Bréfritari: Þórbergur Ólafsson Snóksdal
Viðtakandi: Jón Borgfirðingur
Dagsetning: A-1861-06-16
Skrifað á: Múla í Aðaldal  S-Þing.

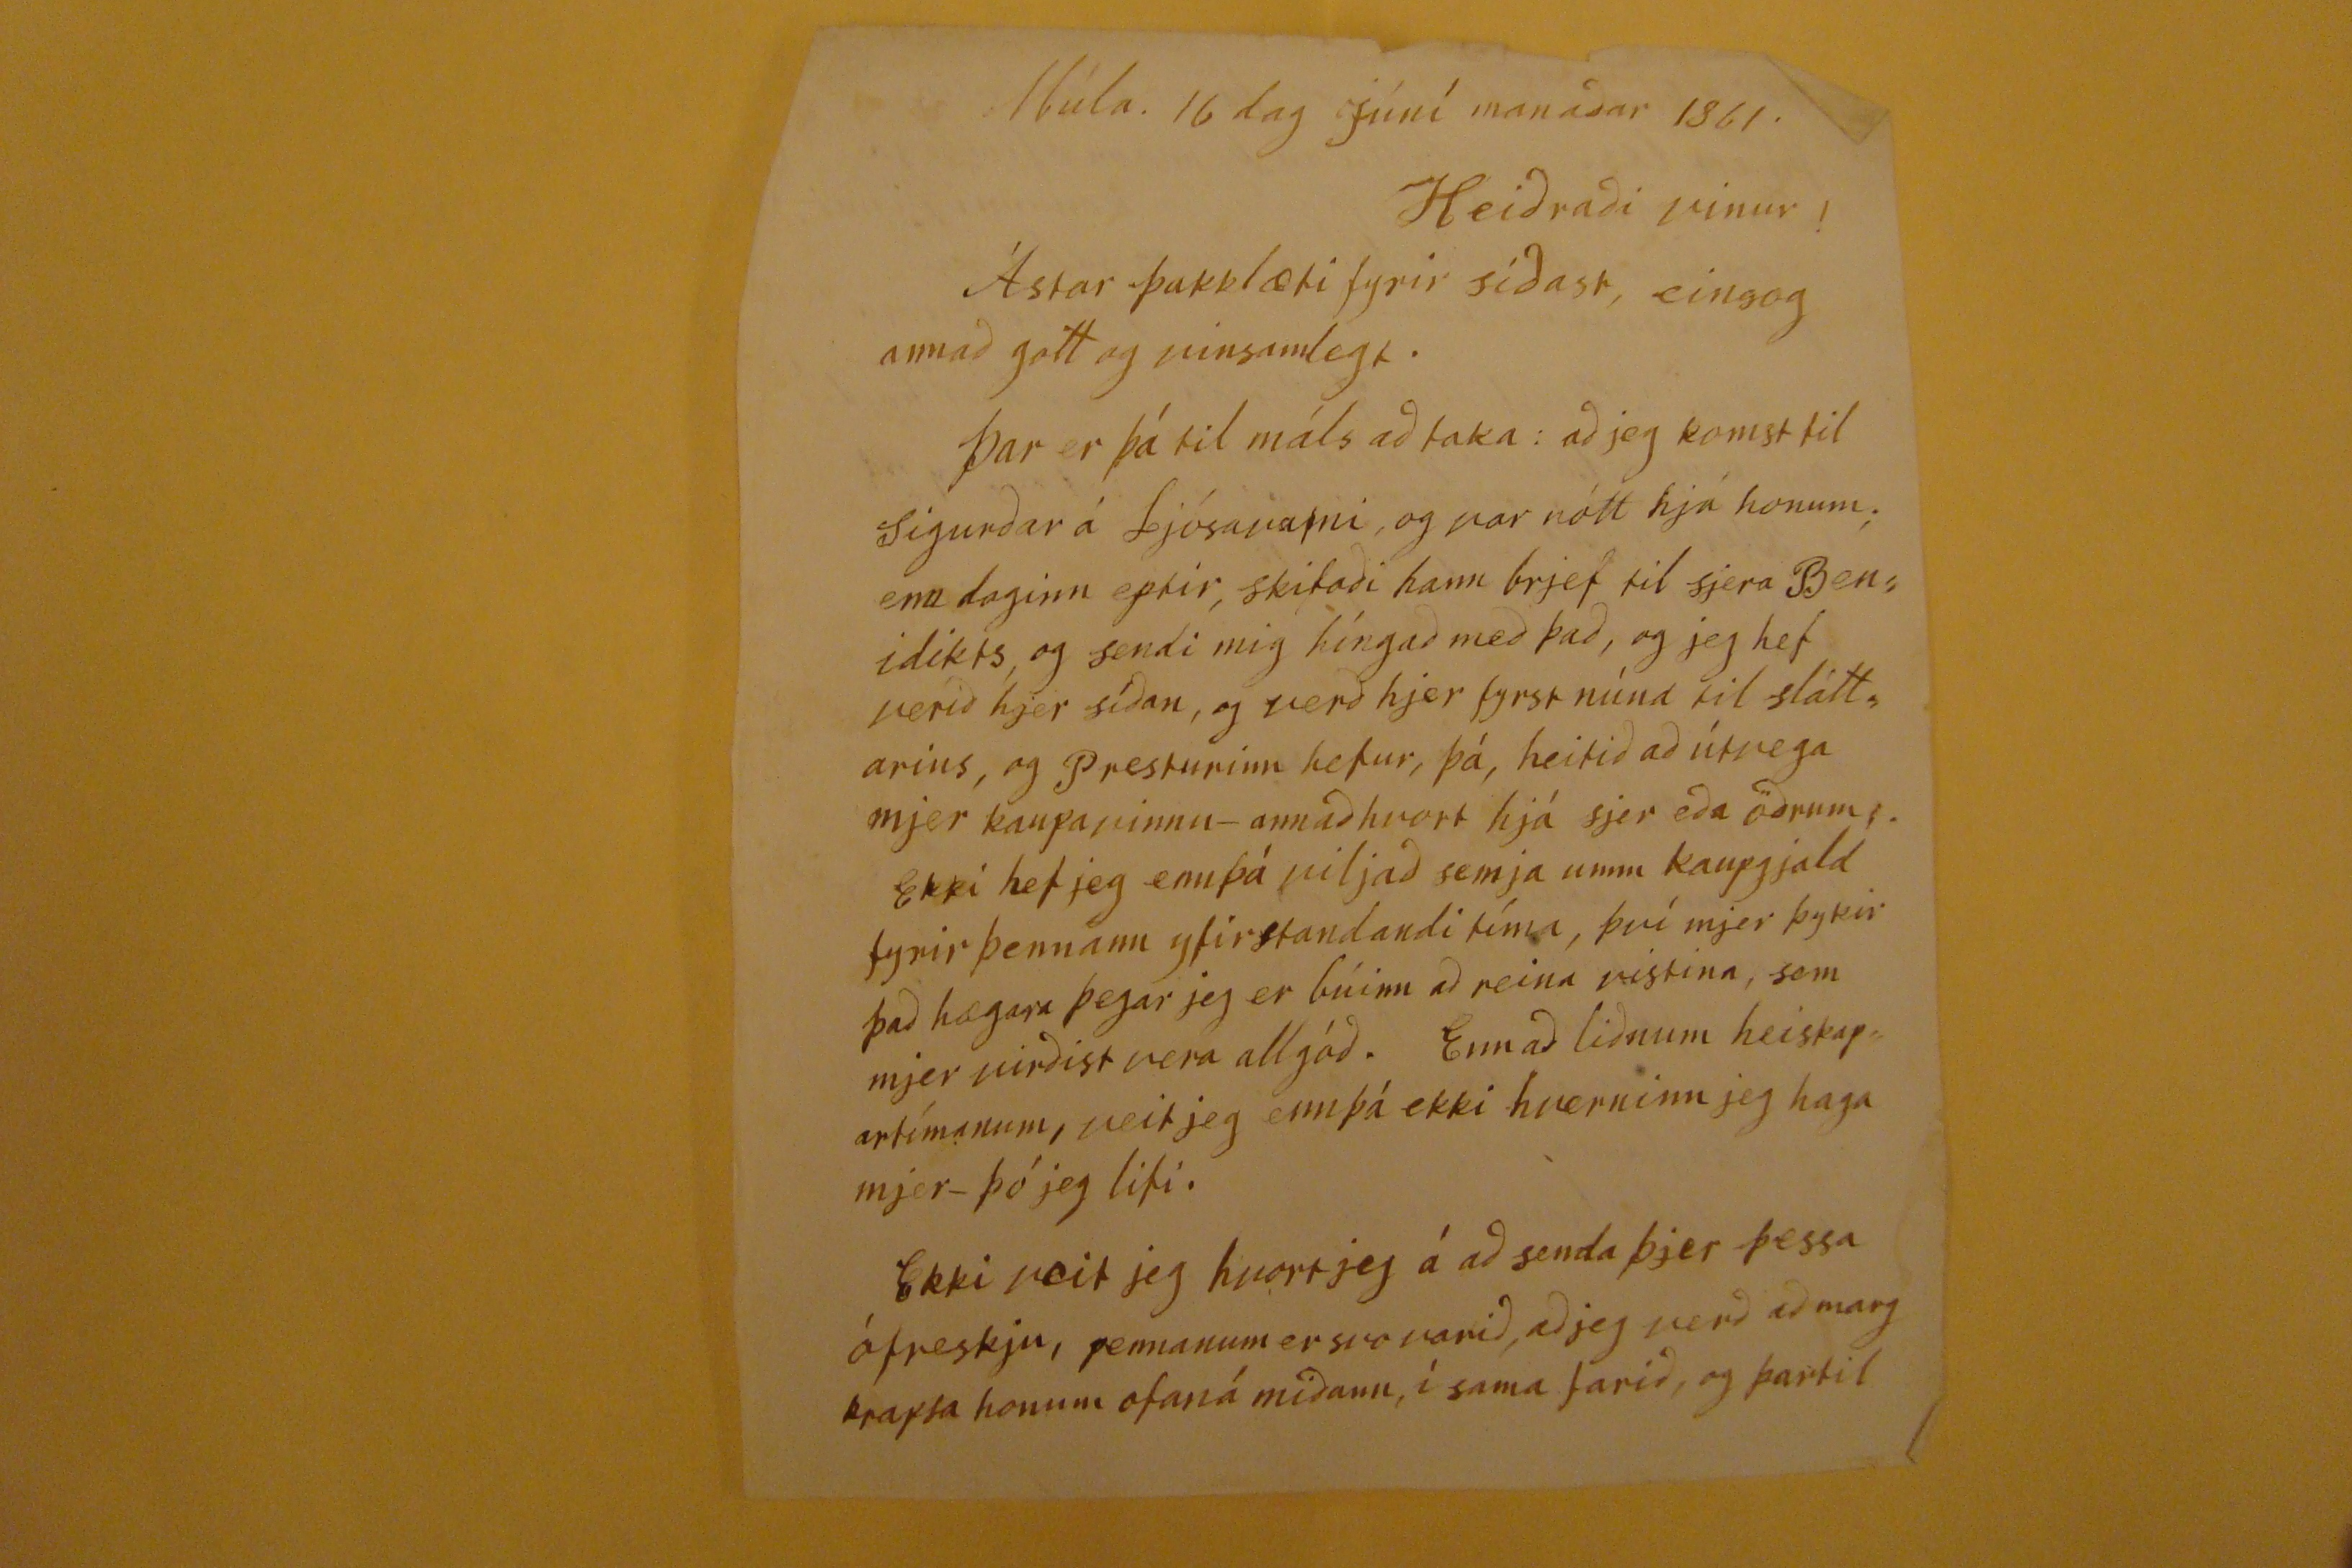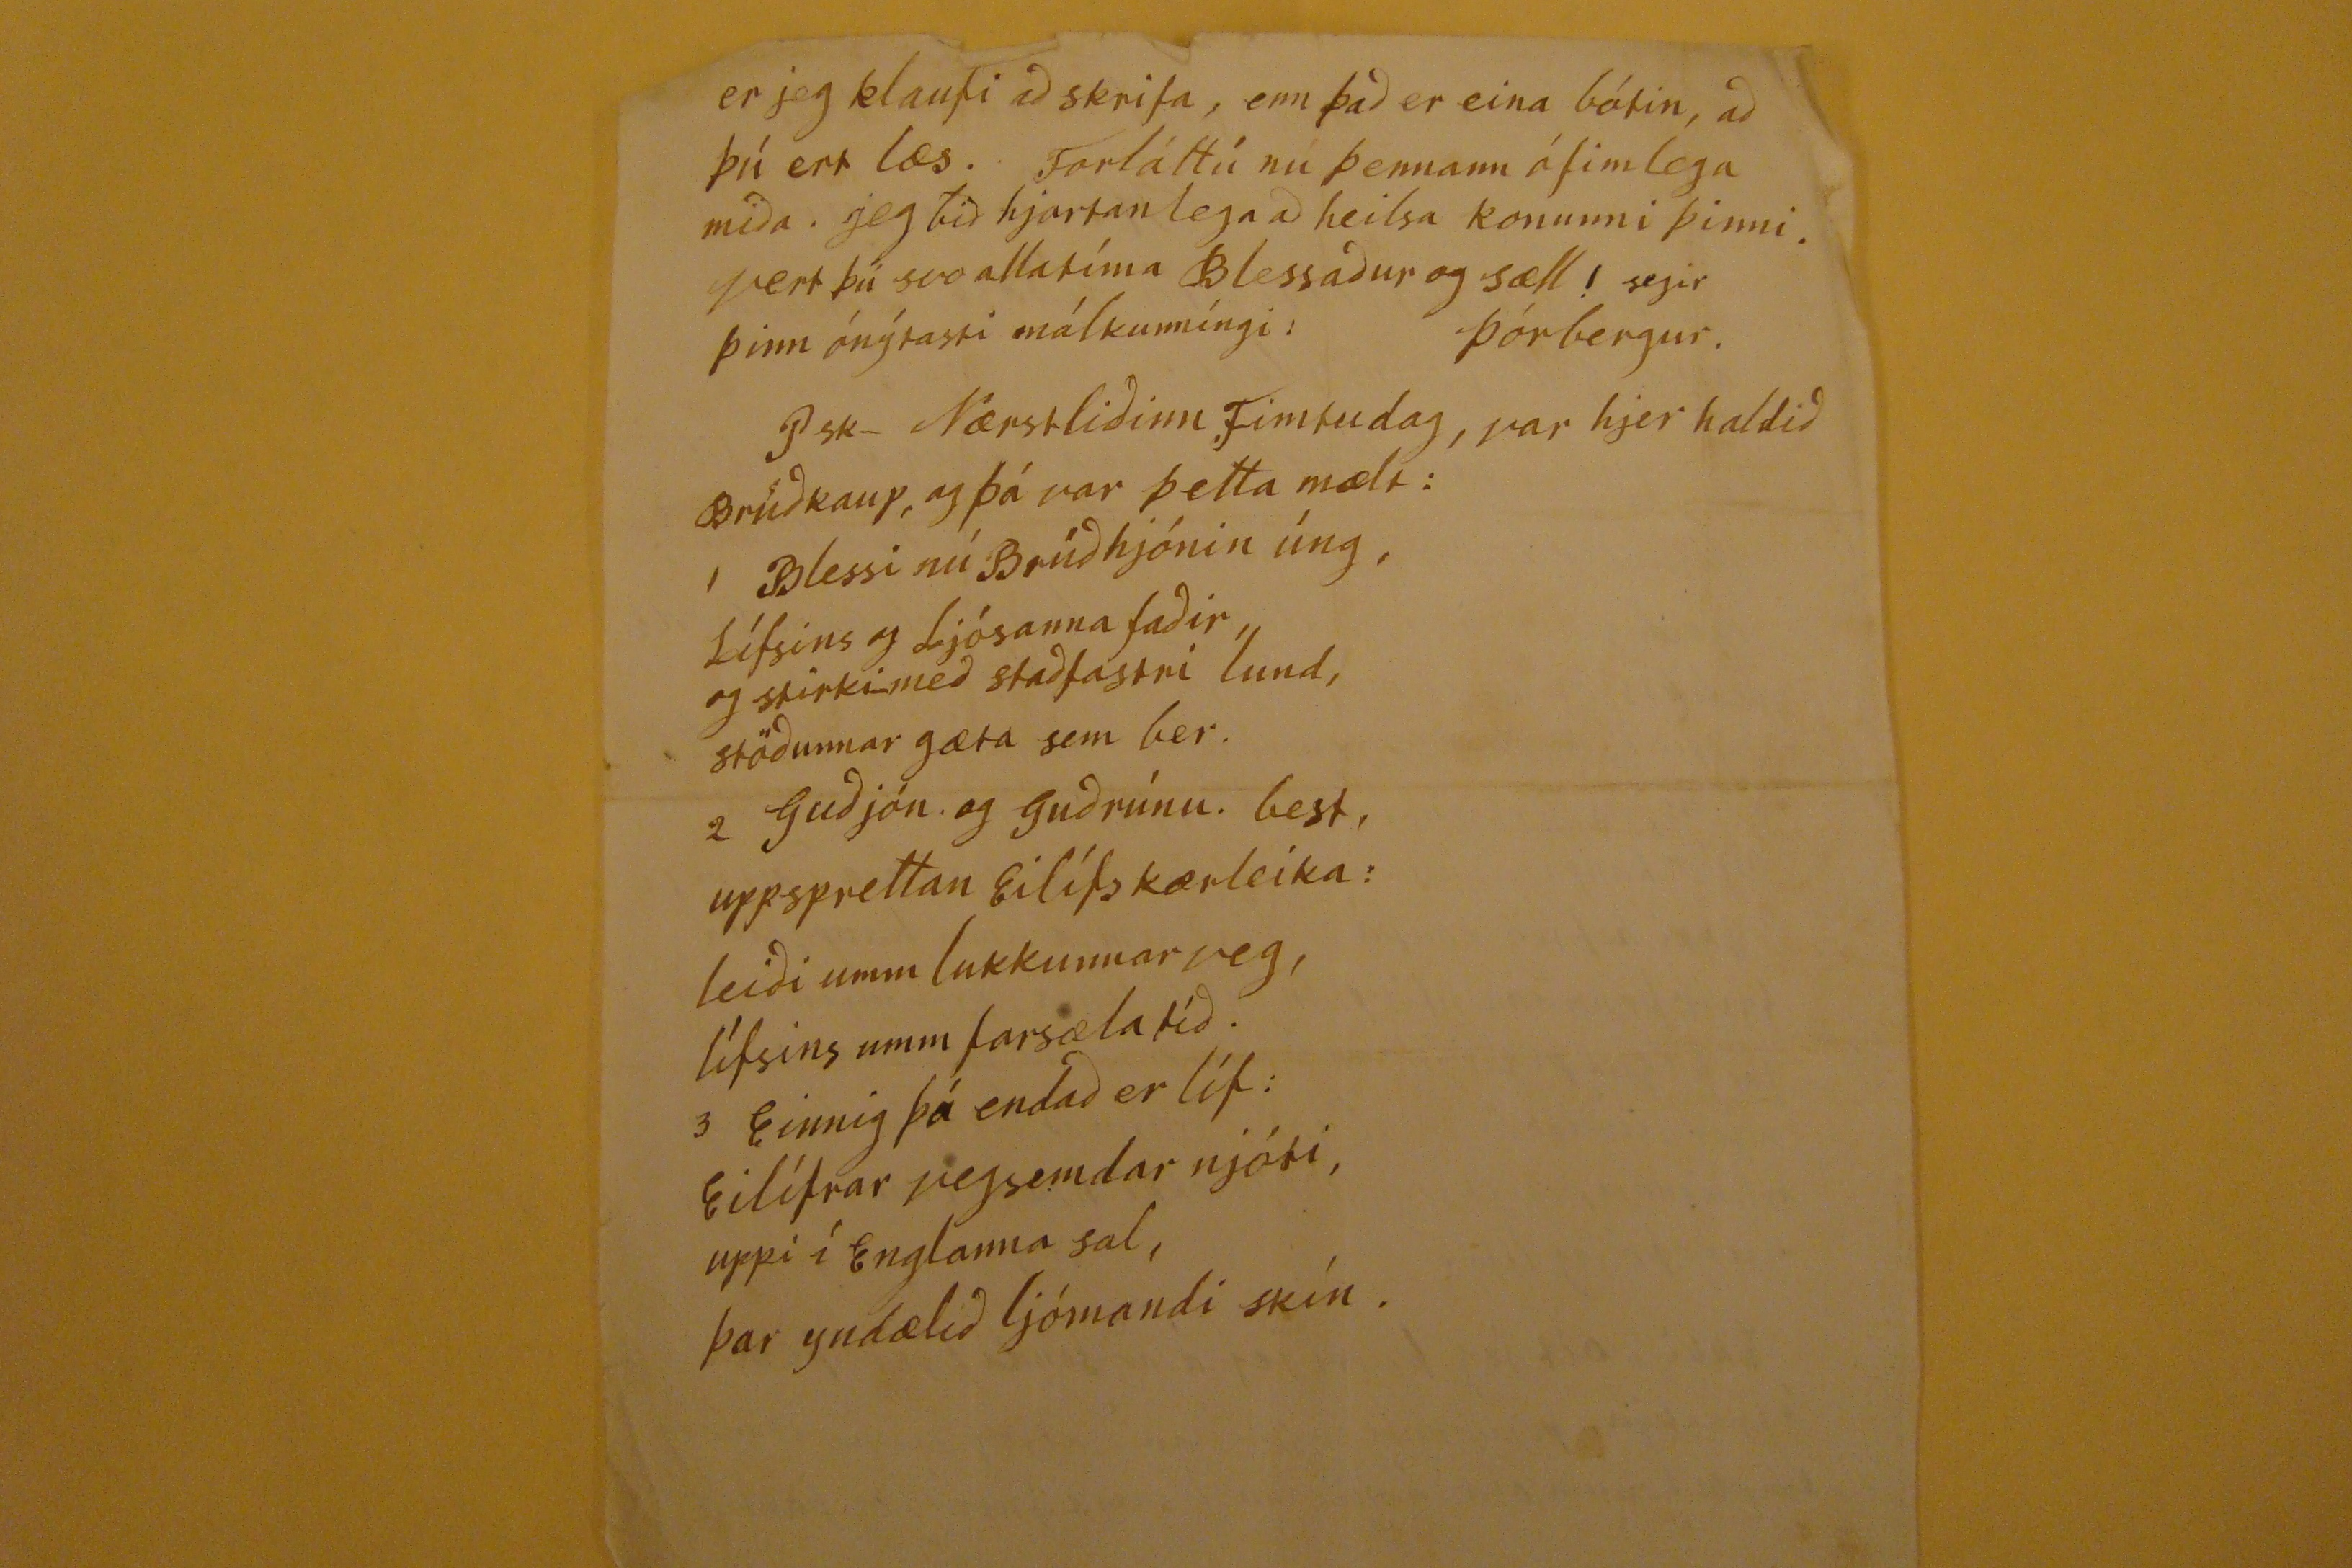

Múla. 16 dag Júní mánadar 1861
Heidradi vinur!
Ástar þakklæti fyrir sídast, eins og annad gott og vinsamlegt.
þar er þá til máls ad taka: ad jeg komst til Sigurdar á Ljósavatni og var nótt hjá honum; enn daginn eptir, skrifadi hann brjef til sjera Benidikts, og sendi mig híngad med þad, og jeg hef verid hjer sídan, og verd hjer fyrst núna til sláttarins, og Presturinn hefur, þá, heitid ad útvega mjer kaupavinnu- annad hvort hjá sjer eda ödrum.
Ekki hef jeg ennþá viljad semja umm kaupgjald fyrir þennan yfirstandandi tíma, því mjer þykir þad hægara þegar jeg er búinn ad reina vistina, sem mjer virdist vera allgód. Enn ad lidnum heiskapartímanum, veit jeg ennþá ekki hverninn jeg haga mjer- þó jeg lifi.
Ekki veit jeg hvort jeg á ad senda þjer þessa ófreskju, pennanum er svo varid, ad jeg verd ad margkrapsa honum ofaná midann, í sama farid, og þartil
er jeg klaufi ad skrifa, enn þad er eina bótin, ad þú ert læs. Forláttú nú þennann ófimlega mida. jeg bid hjartanlega ad heilsa konunni þinni. vert þú svo alla tíma Blessadur og sæll! segir hinn ónýtasti málkunníngi. Þórbergur.
psk- Nærstlidinn Fimtudag, var hjer haldid Brúdkaup, og þá var þetta mælt:
1 Blessi nú brúdhjónin úng,
Lífsins og Ljósanna fadir,
og stirki med stadfastni lund,
stödunnar gæta sem ber.
2 Gudjón og Gudrúnu. best,
uppsprettan Eilífskærleika:
leidi umm lukkunnarveg,
lífsins umm farsæla tíd.
3 Einnig þá endad er líf:
Eilífrar vegsemdar njóti,
uppi í Englanna sal,
þar yndælid ljómandi skín.